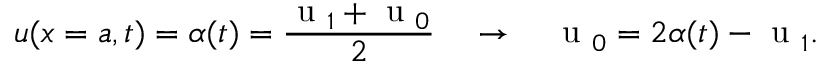
u ( x = a , t ) = \alpha ( t ) = \frac { \mathrm { ~ u ~ } _ { 1 } + \mathrm { ~ u ~ } _ { 0 } } { 2 } \quad \rightarrow \quad \mathrm { ~ u ~ } _ { 0 } = 2 \alpha ( t ) - \mathrm { ~ u ~ } _ { 1 } .